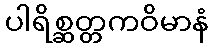
ပါရိစ္ဆတ္တကဝိမာနံ